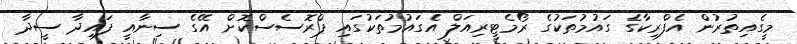
މީގެއިތުރުން އެފްރިކާގެ ގައުމުތަކުގެ ރޯމެޓީރިއަލް އެގައުމުތަކުގައި ޕްރޮސެސްކޮށް އޭގެ ސިނާއީ ފައިދާ ސީދާ